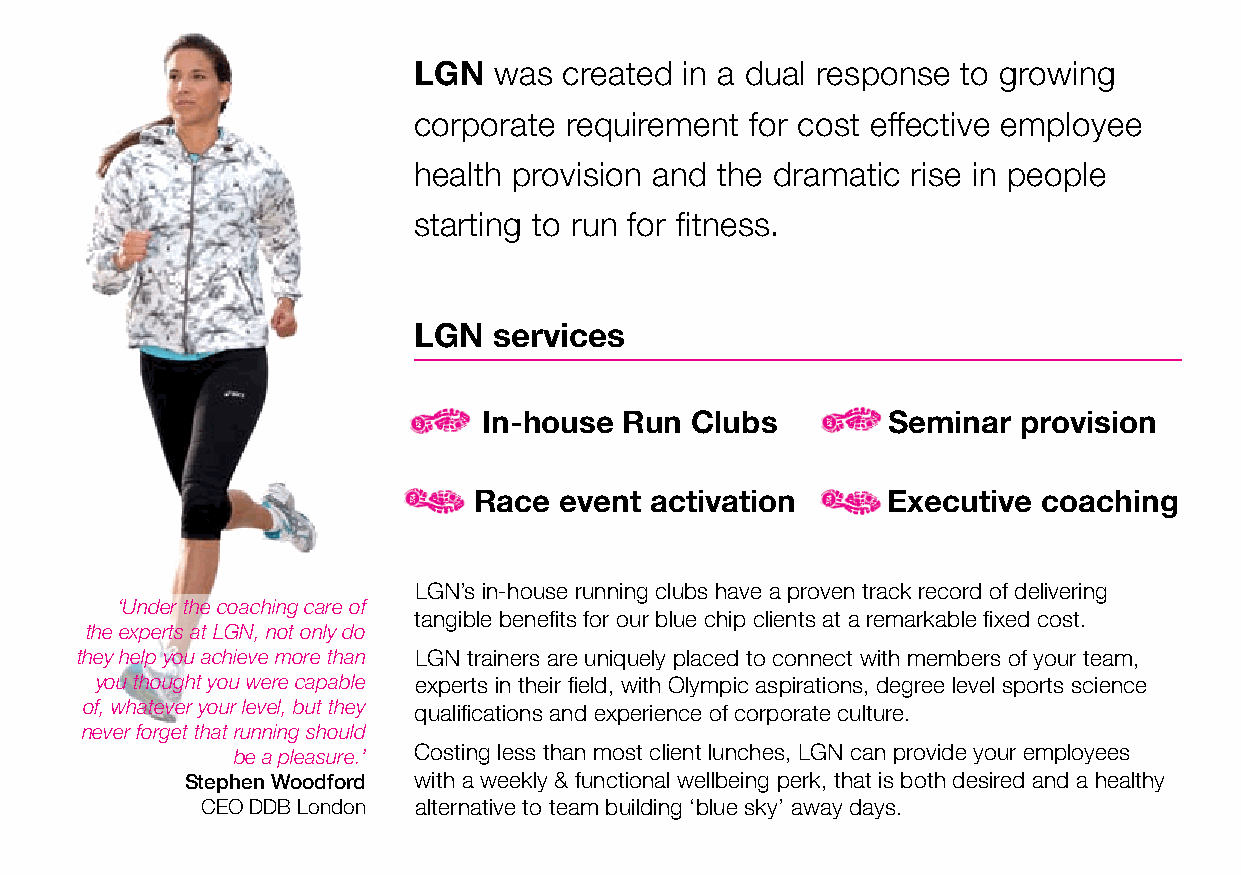
LGN   was created in a dual response to growing
 corporate requirement  for cost effective employee
 health provision and the dramatic rise in people
 starting to run for fitness.
 LGN   services
 In-house Run  Clubs        Seminar provision
 Race  event activation      Executive coaching
 LGN’s in-house running clubs have a proven track record of delivering
 ‘Under the coaching care of
 tangible benefits for our blue chip clients at a remarkable fixed cost.
 the experts at LGN, not only do
 they help you achieve more than LGN trainers are uniquely placed to connect with members of your team,
 you thought you were capable experts in their field, with Olympic aspirations, degree level sports science
 of, whatever your level, but they qualifications and experience of corporate culture.
 never forget that running should
 be a pleasure.’ Costing less than most client lunches, LGN can provide your employees
 Stephen Woodford with a weekly & functional wellbeing perk, that is both desired and a healthy
 CEO DDB London alternative to team building ‘blue sky’ away days.